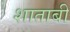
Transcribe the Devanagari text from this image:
शाताबी